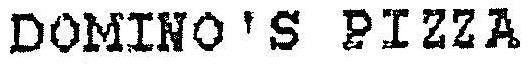
DOMINO'S PIZZA